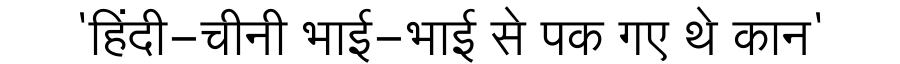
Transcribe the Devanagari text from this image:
'हिंदी-चीनी भाई-भाई से पक गए थे कान'